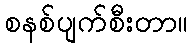
စနစ်ပျက်စီးတာ။